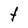
Character: t